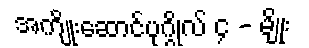
အကျိုးဆောင်ပုဂ္ဂိုလ် ၄ - မျိုး